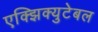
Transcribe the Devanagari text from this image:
एक्झिक्युटेबल